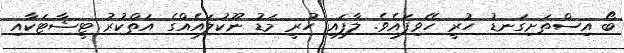
ބޯ އިސްތަށިގަނޑު ހުރީ ހޭވިފައެވެ. ލާފައި ހުރީ މަޑު ނޫކުލައެއްގެ އަތްކުރު ޓީޝާޓަކާއި